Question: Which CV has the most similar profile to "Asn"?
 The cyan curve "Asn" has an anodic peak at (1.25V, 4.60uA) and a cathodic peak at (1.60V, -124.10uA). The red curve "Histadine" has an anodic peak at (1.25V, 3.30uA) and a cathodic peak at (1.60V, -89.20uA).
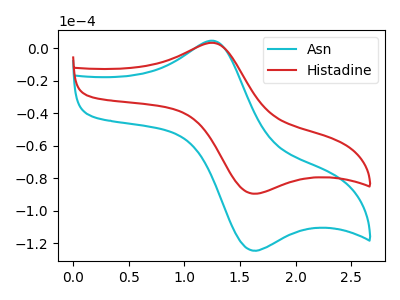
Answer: <think>All the peaks in "Asn" have a peak in "Histadine" at the same potential. Every peak in "Asn" is higher than every peak in "Histadine".
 </think>
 <answer>The CV with the most similar shape to "Histadine" is "Asn".</answer>
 <eval>"Asn"</eval>